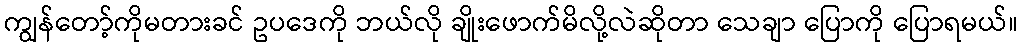
ကျွန်တော့်ကိုမတားခင် ဥပဒေကို ဘယ်လို ချိုးဖောက်မိလို့လဲဆိုတာ သေချာ ပြောကို ပြောရမယ်။